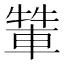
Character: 𨌾